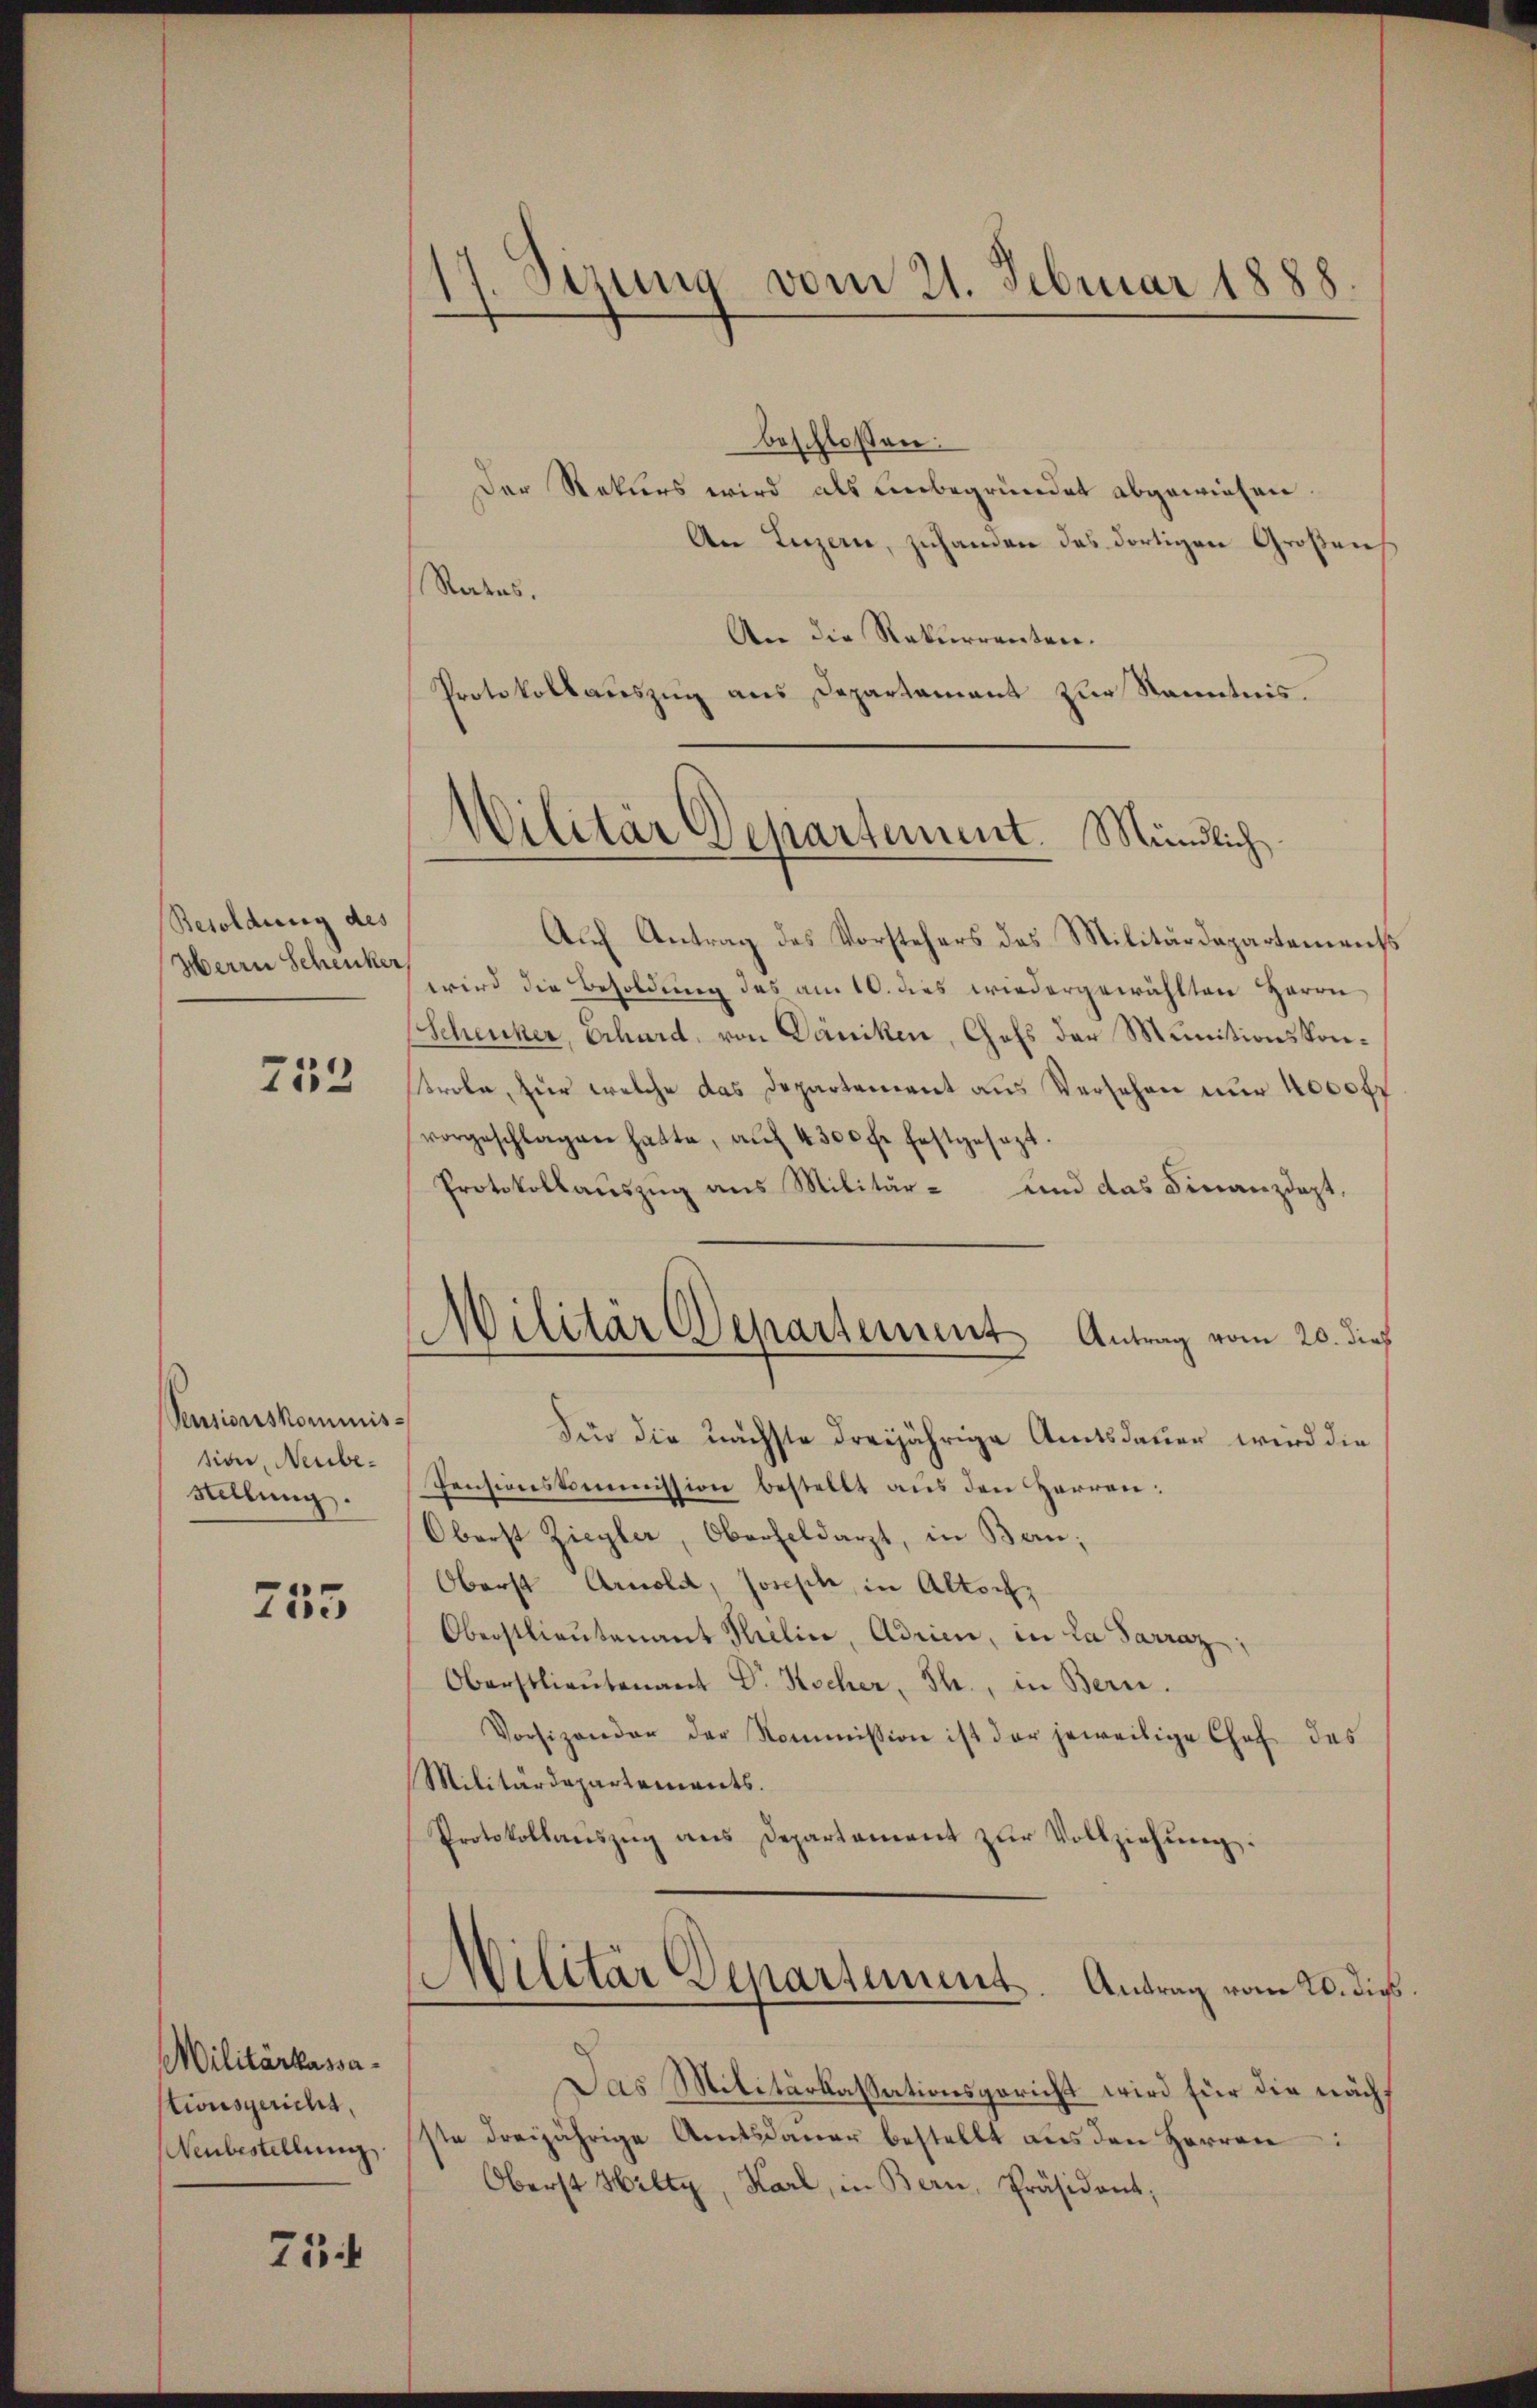
Besoldung des
Herrn Schenker

753

Pensionskommission, Neube¬
Stellung.

755

Militärkassastionsgericht,
Neubestellung

754

17. Sizung vom 21. Februar 1888.

Militär Departement. Mündlich

beschlossen:
Der Rekurs wird als unbegründet abgewiesen.
An Luzern, zuhanden das dortigen Großen
Rates,
An die Rekurrenten.
Protokollauszug aus Departament zur Kenntnis.
Auf Antrag des Vorstehers des Militärdepartements
wird die Besoldung des am 10. dies wiedergewählten Herrn
Scheucker, Erhard, von Däniken, Chefs der Munitionskontrole, zur welche das Departement aus Versehen nur 4000 ff
vorgeschlagen hatte, aŭf 4300 fr. festgesezt.
Protokollaŭszŭg ans Militär- und das Finanzdept.
Für die nächste dreijährige Amtsdauer wird die
Pensionskommission bestellt aus den Herren:
Oberst Ziegler, Oberfeldarzt, in Ban;
Oberst Arnold, Joseph, in Altoch
Oberstlieutenant Selin, Adrien, in La Sarraz;
Oberstlieutenant Dr. Kocher, Th., in Bern.
Vorsizendor der Kommission ist der jeweilige Chef des
Militärdepartements.
Protokollaŭszŭg ans Departament zŭr Vollziehŭng.
Militär Departement. Antrag vom 20. die
Das Militärkassationsgericht wird für die nächste dreijährige Amtsdauer bestellt aus den Herren
Oberst Hilty, Karl, in Bern, Präsident,

Militär Departement Antrag vom 20. dieß